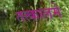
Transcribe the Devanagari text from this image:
तत्कालमे